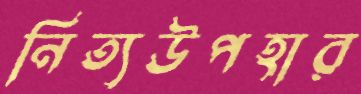
নিত্যউপহার